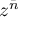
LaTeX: z ^ { \bar { n } }